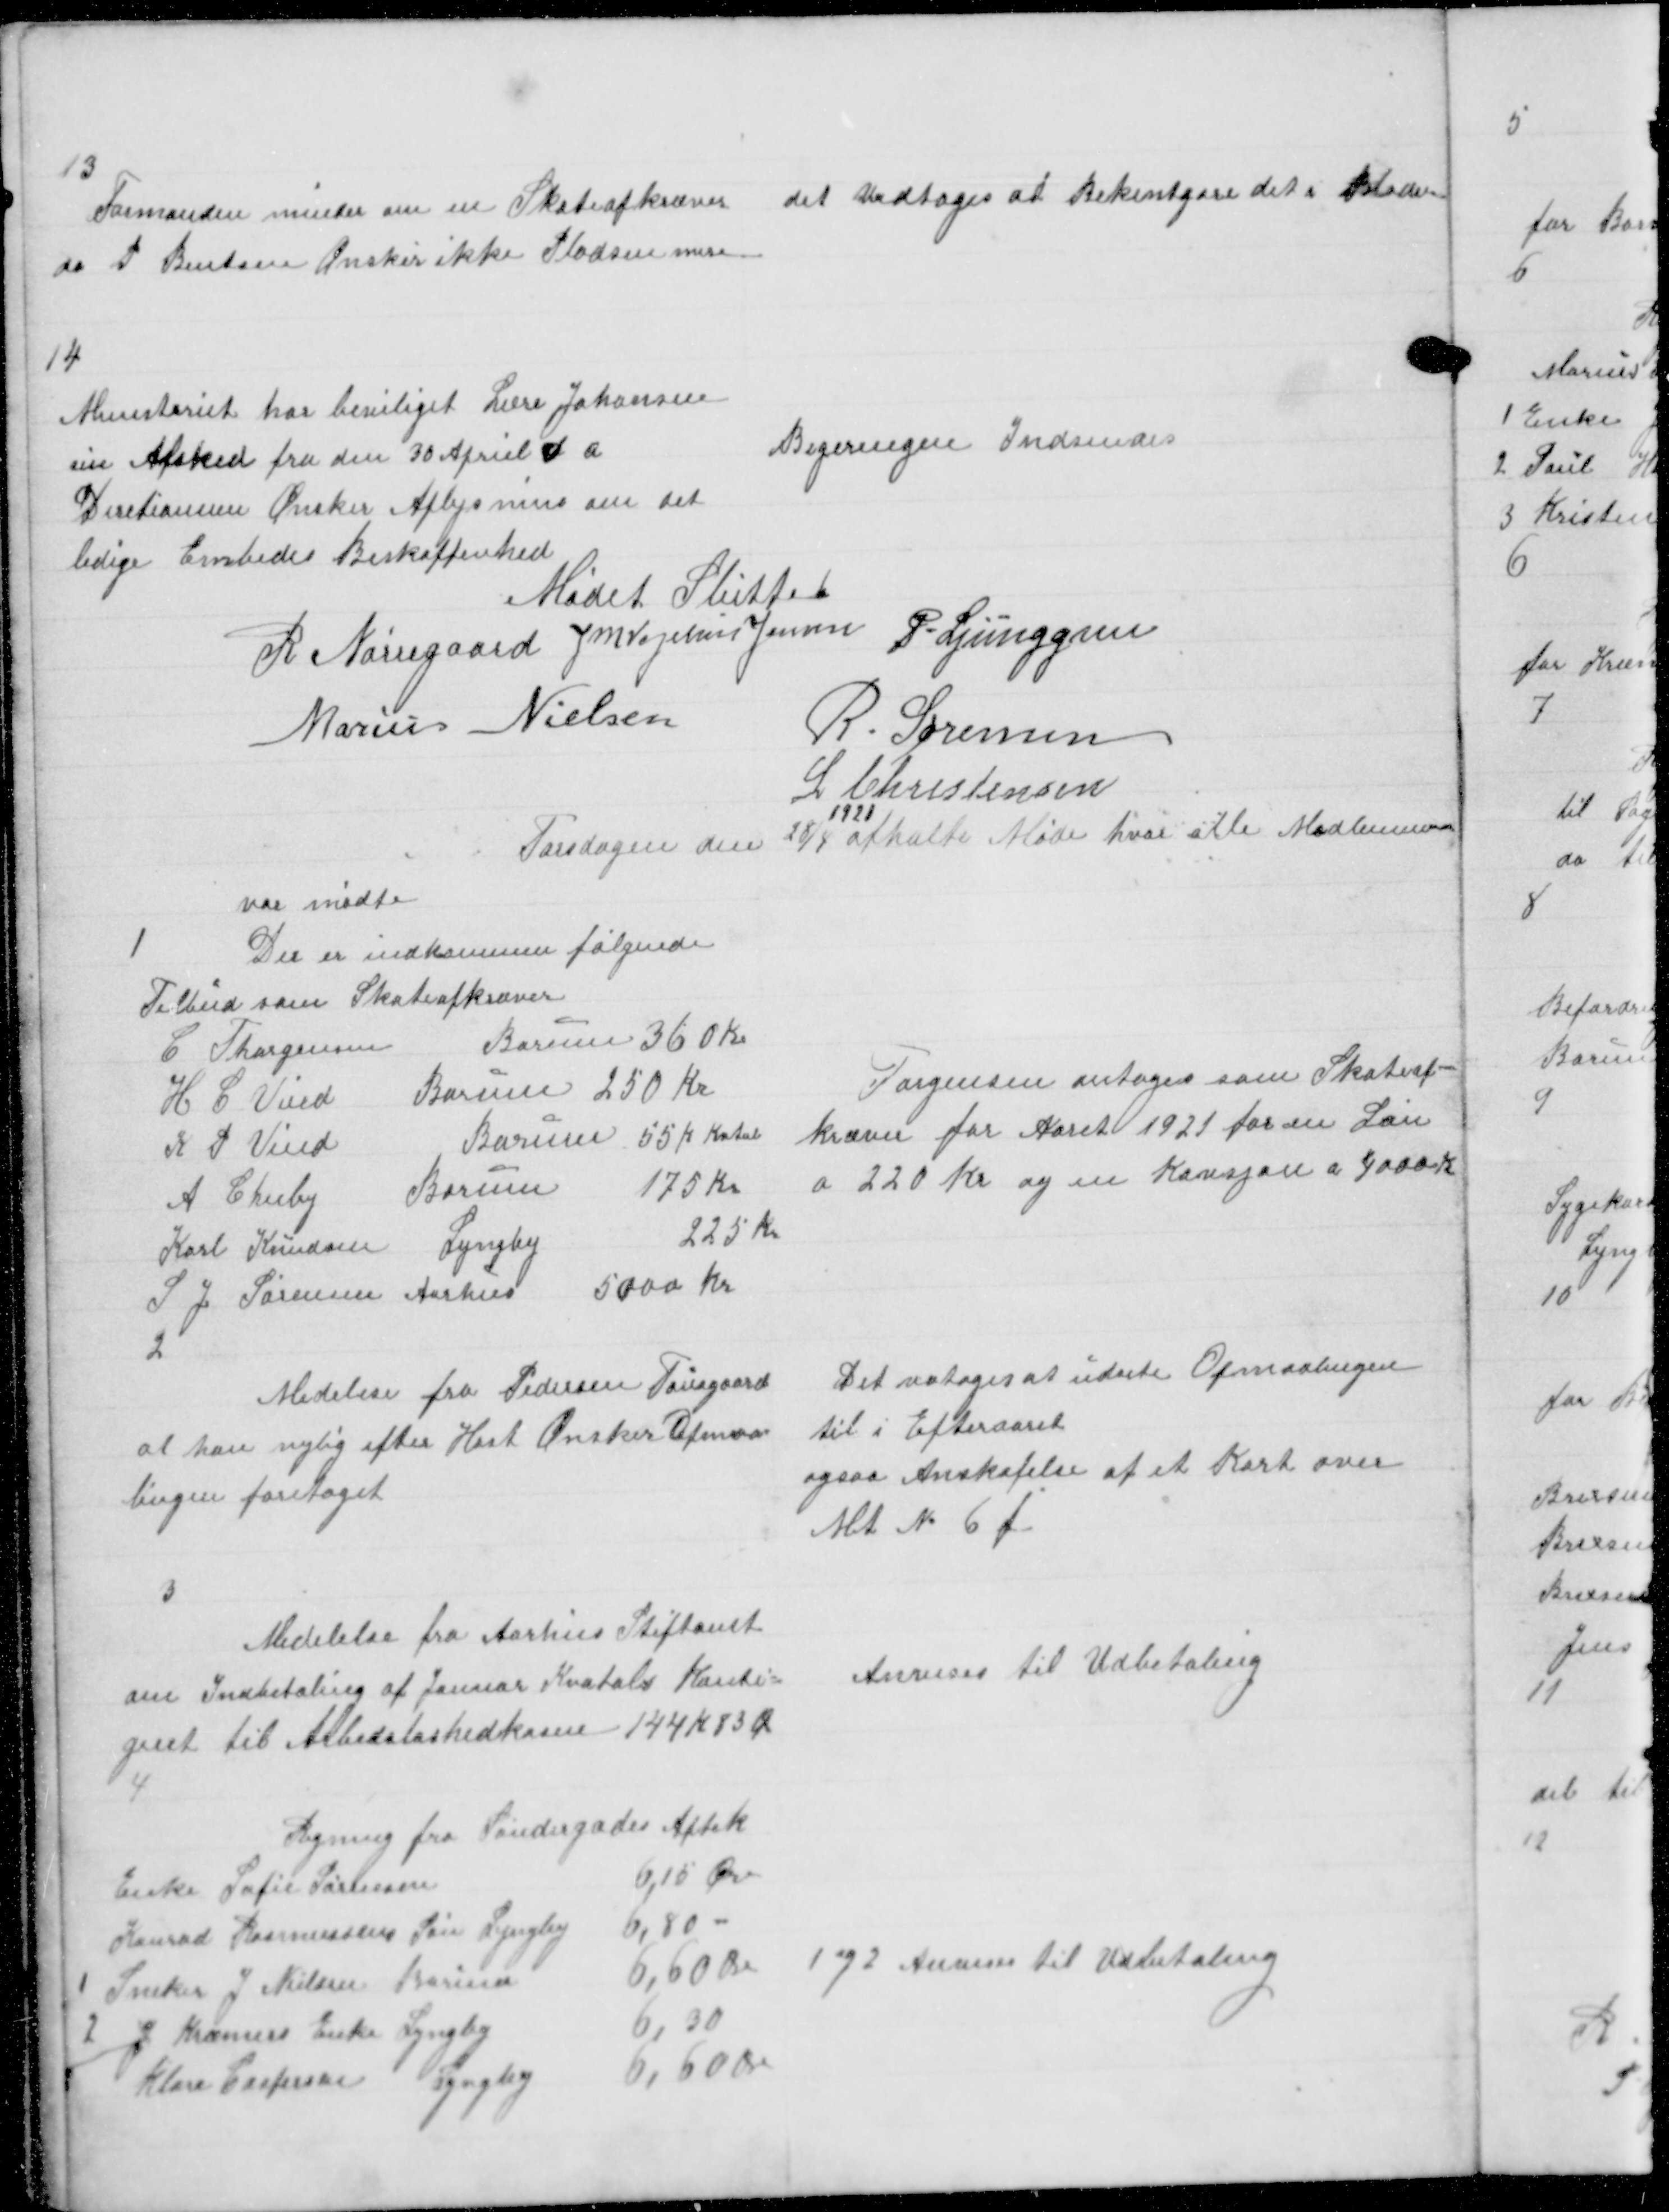
Transskription:
13

Formanden minder om en Skateafkræver
da P Bentsen Ønsker ikke Pladsen mere

det vedtoges at Bekentgøre det i Bladen

14

Ministeriet har beviliget Lære Johansen
sin Afsked fra den 30 April d.a.
Diretionen Ønsker Oplysning om det
ledige Embedes Beskaffenhed

Begeringen Indsendes

Mødet Sluttet
R Nørregaard J M Vogelius Jensen P. Ljunggren
Marius Nielsen
R. Sørensen
L Christensen

Torsdagen den 28/4
1921
afholte Møde hvor alle Medlemerne
var mødte

1

Der er indkommen følgende
Tilbud som Skateafkræver
C Thorgensen
Borum 360 Kr
H C Vind
Borum 250 Kr
K S Vind
Borum 55 K Kvtal
A Chieby
Borum
175 Kr
Karl Knudsen
Lyngby
225 Kr
A J Sørensen Aarhus
5000 Kr

Torgensen antages som Skateaf-
kræver for Aaret 1921 for en Løn
a 220 Kr og en Kavsjon a 4000 K

2

Medelese fra Pedersen Tousgaard
at han nylig efter Høst Ønsker Opmaa
lingen foretaget

Det vedtoges at udsete Opmaalingen
til i Efteraaret
ogsaa Anskafelse af et Kort over
Mt № 6 f

3

Medelelse fra Aarhus Stiftamt
om Indbetaling af Januars Kvartals Konti=
gent til Arbedsløshedskassen 144 K 83 Ø

Anvises til Udbetaling

4

1 og 2 Anvises til Udbetaling